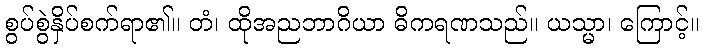
စွပ်စွဲနှိပ်စက်ရာ၏။ တံ၊ ထိုအညဘာဂိယာ ဓိကရဏသည်။ ယသ္မာ၊ ကြောင့်။